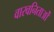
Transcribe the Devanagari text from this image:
वारवनिताओं